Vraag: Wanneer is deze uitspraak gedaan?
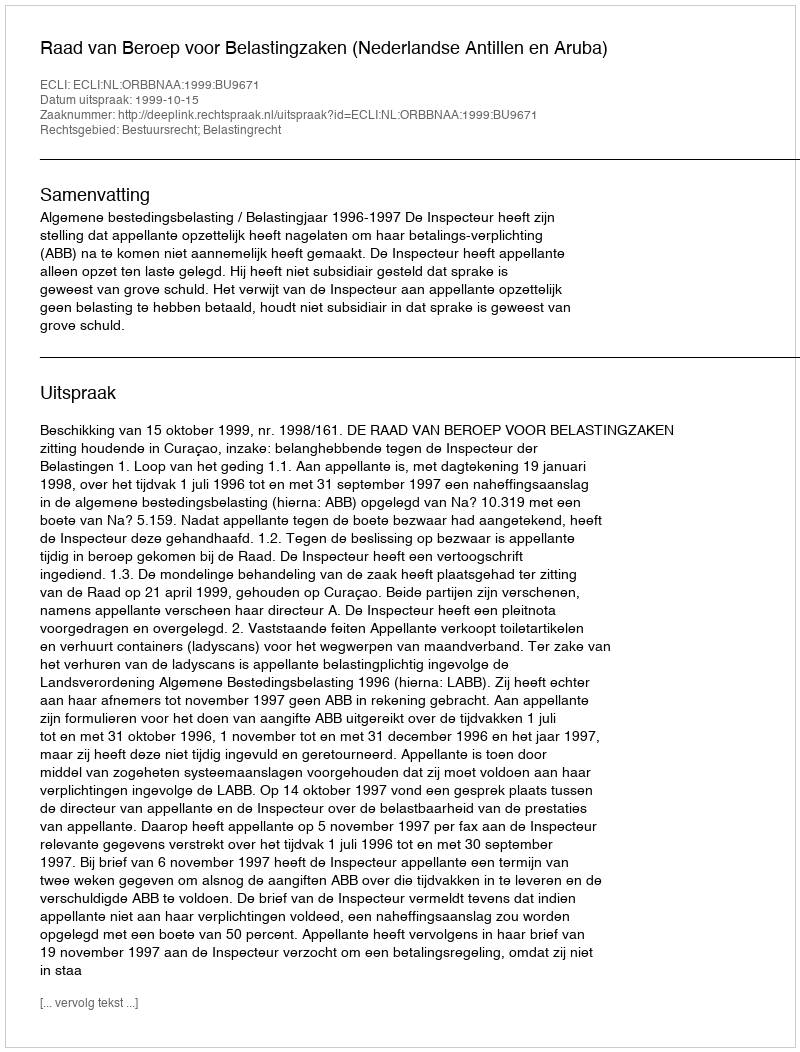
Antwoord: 1999-10-15